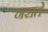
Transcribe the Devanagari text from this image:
नराते